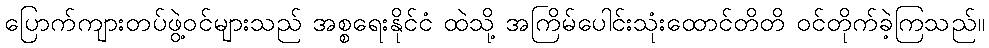
ပြောက်ကျားတပ်ဖွဲ့ဝင်များသည် အစ္စရေးနိုင်ငံ ထဲသို့ အကြိမ်ပေါင်းသုံးထောင်တိတိ ဝင်တိုက်ခဲ့ကြသည်။